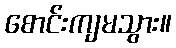
စောင်းကျမသွား။